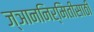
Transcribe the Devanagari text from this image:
ज्ञाननिर्मितीसाठी